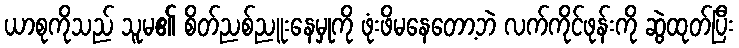
ယာစုကိုသည် သူမ၏ စိတ်ညစ်ညူးနေမှုကို ဖုံးဖိမနေတော့ဘဲ လက်ကိုင်ဖုန်းကို ဆွဲထုတ်ပြီး